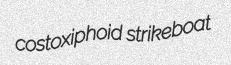
costoxiphoid strikeboat